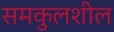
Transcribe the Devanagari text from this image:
समकुलशील